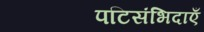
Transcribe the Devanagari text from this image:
पटिसंभिदाएँ